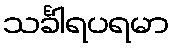
သင်္ခါရပရမာ